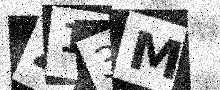
Text: Z13M